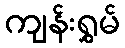
ကျန်းရွှမ်